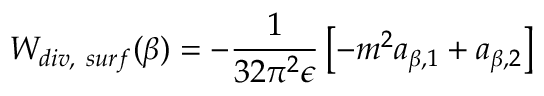
W _ { d i v , ~ s u r f } ( \beta ) = - { \frac { 1 } { 3 2 \pi ^ { 2 } \epsilon } } \left[ - m ^ { 2 } a _ { \beta , 1 } + a _ { \beta , 2 } \right] ~ ~ ~